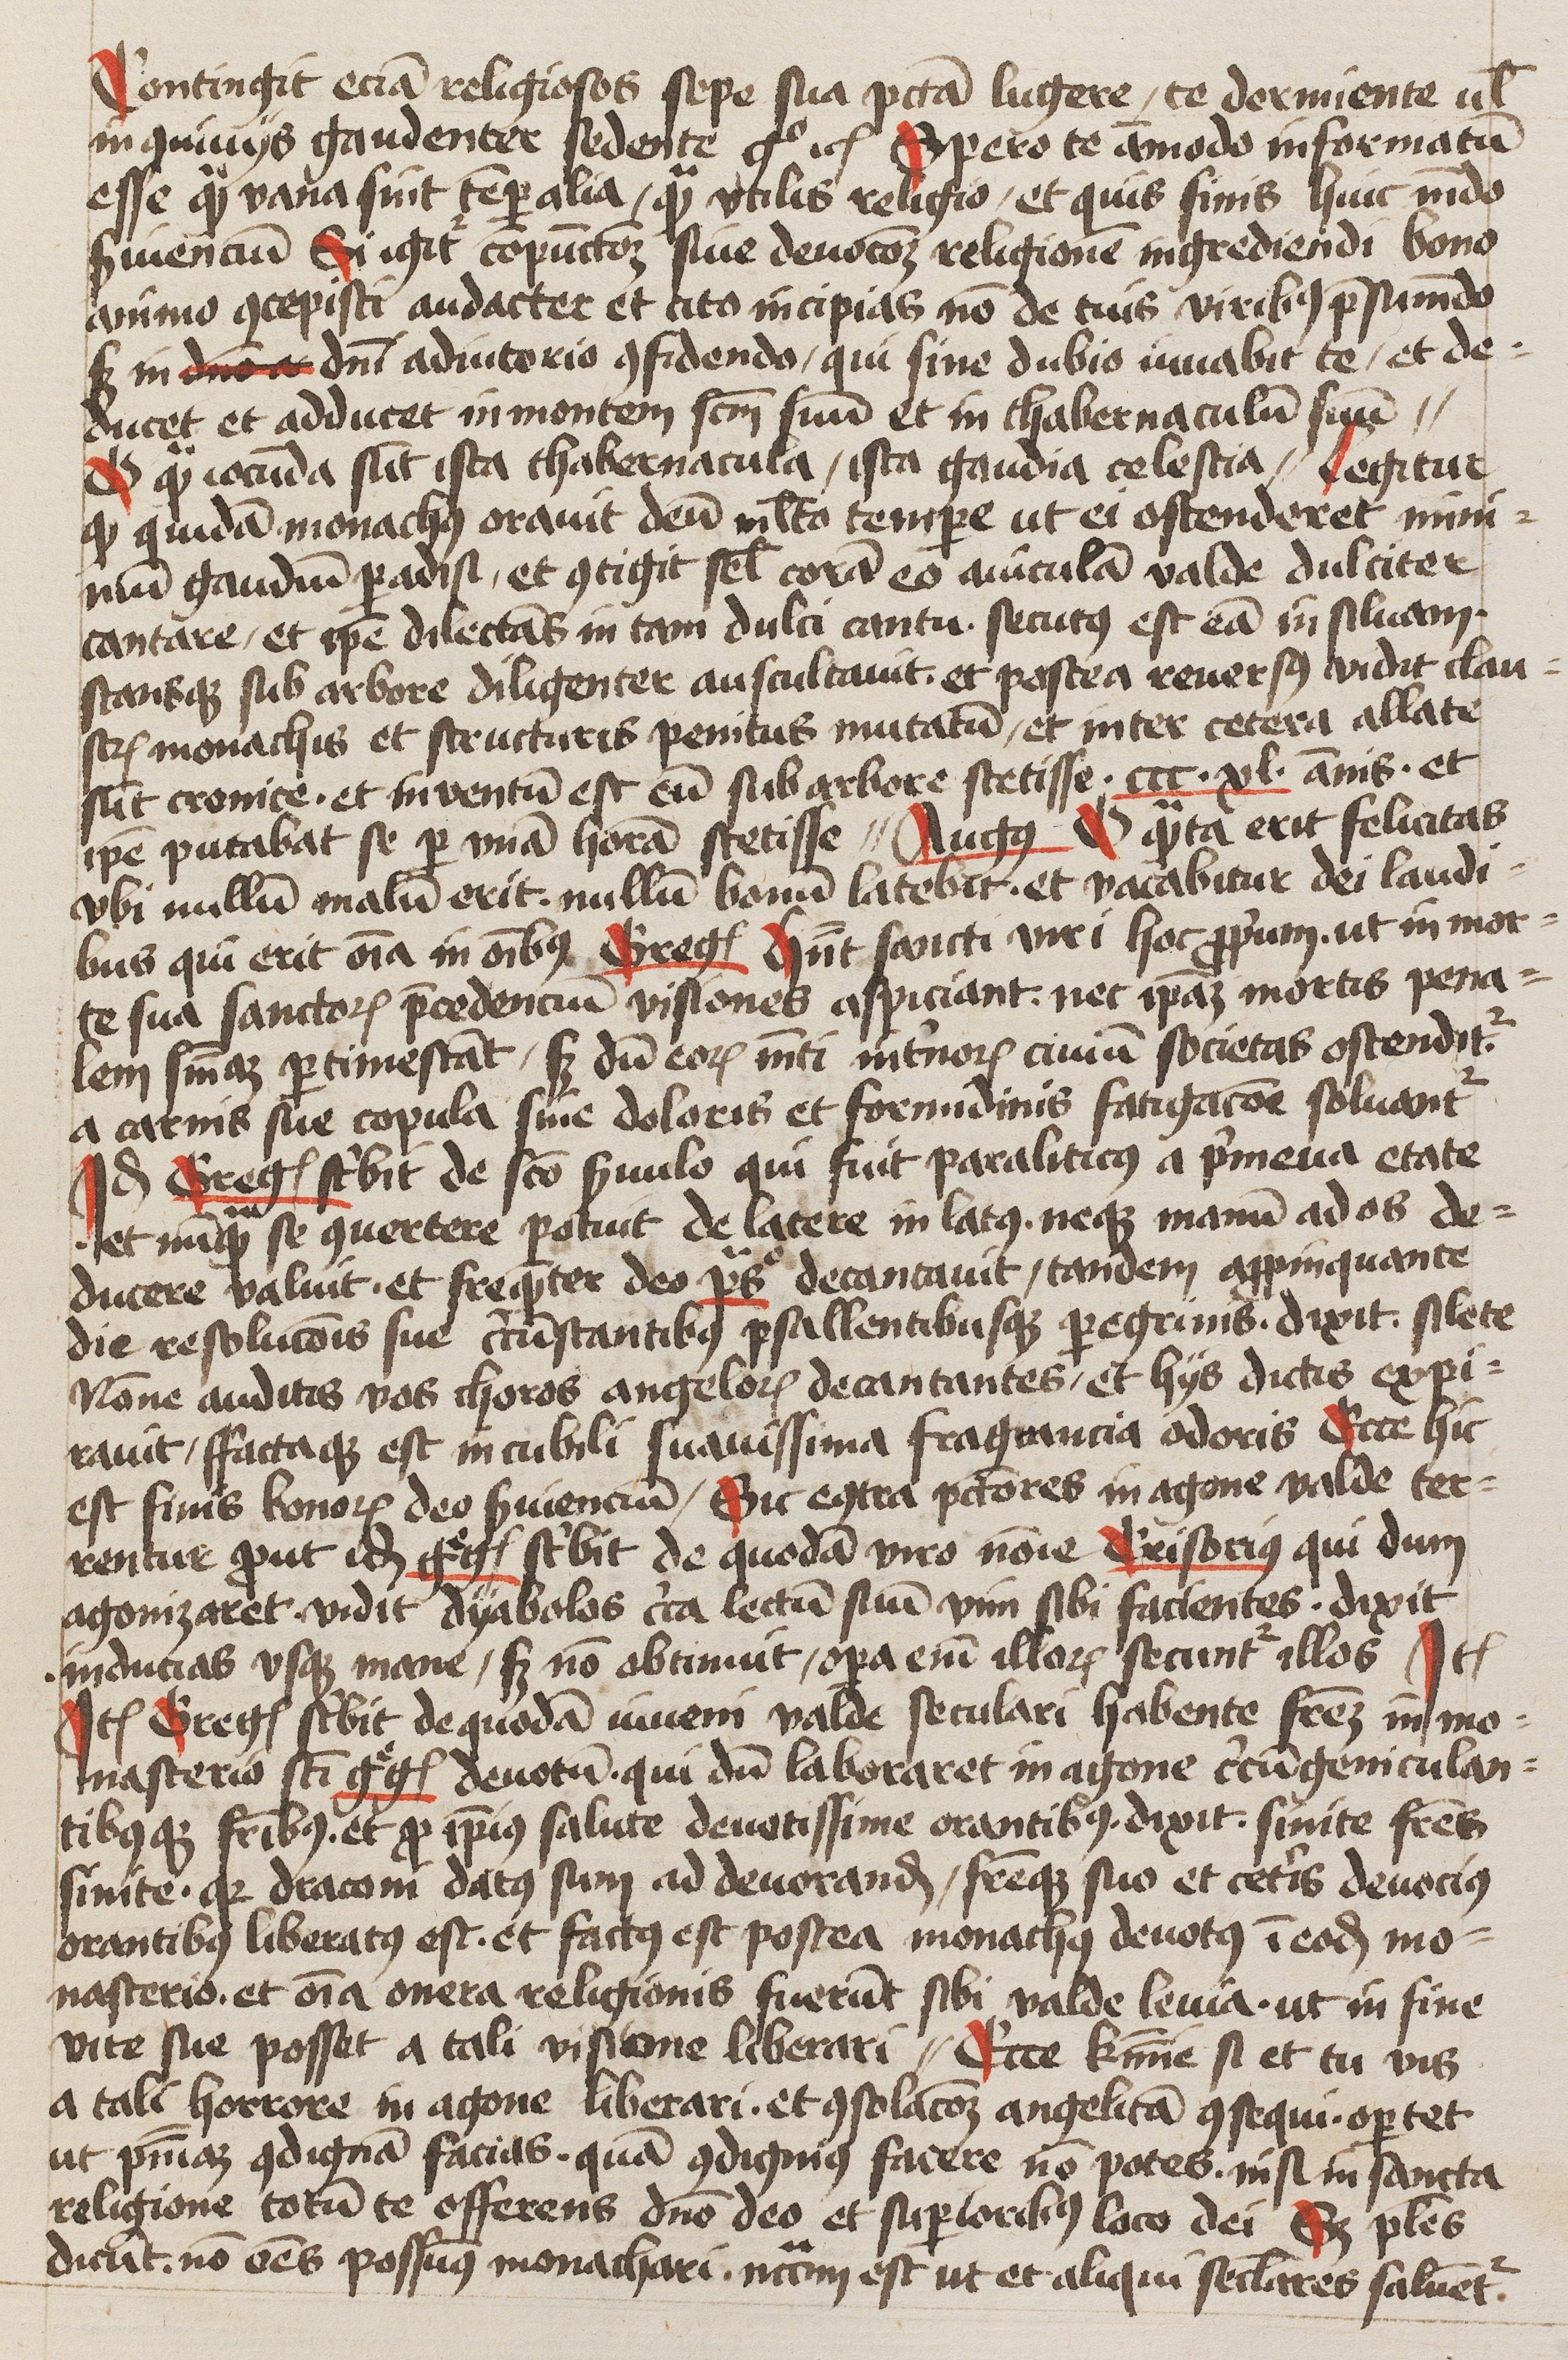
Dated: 1445–1445